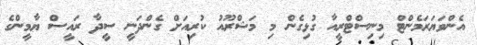
އެންވަޔަރަމެންޓް މިނިސްޓްރީއާ ގުޅިގެން މި މަޝްރޫއު ކުރިއަށް ގެންދަނީ ސީދާ ރައީސް ޔާމީންގެ